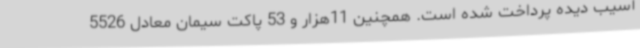
آسیب دیده پرداخت شده است. همچنین 11هزار و 53 پاکت سیمان معادل 5526